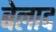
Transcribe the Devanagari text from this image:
बेलाद